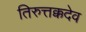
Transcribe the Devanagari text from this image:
तिरुत्तक्कदेव